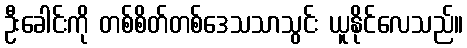
ဦးခေါင်းကို တစ်စိတ်တစ်ဒေသသာသွင်း ယူနိုင်လေသည်။